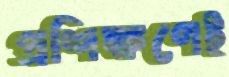
প্রশিক্ষণেই